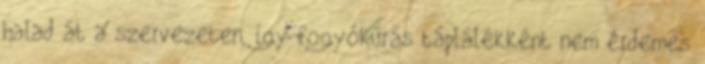
halad át a szervezeten, így fogyókúrás táplálékként nem érdemes